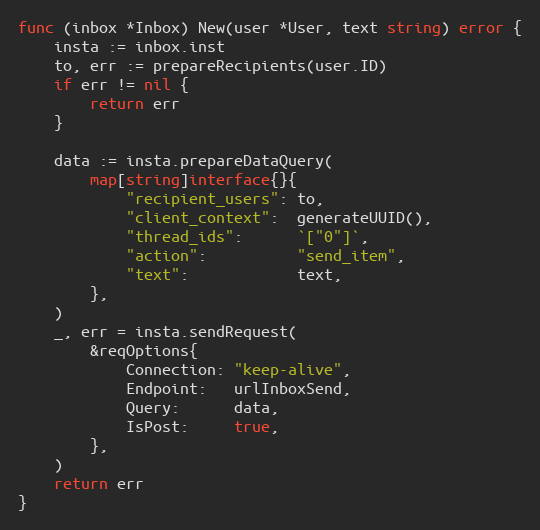
Language: Go
func (inbox *Inbox) New(user *User, text string) error {
	insta := inbox.inst
	to, err := prepareRecipients(user.ID)
	if err != nil {
		return err
	}

	data := insta.prepareDataQuery(
		map[string]interface{}{
			"recipient_users": to,
			"client_context":  generateUUID(),
			"thread_ids":      `["0"]`,
			"action":          "send_item",
			"text":            text,
		},
	)
	_, err = insta.sendRequest(
		&reqOptions{
			Connection: "keep-alive",
			Endpoint:   urlInboxSend,
			Query:      data,
			IsPost:     true,
		},
	)
	return err
}